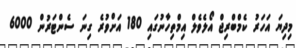
މިދިޔަ އަހަރު ކެމްބްރިޖް އޯލެވެލް އިމްތިހާނުގައި 180 އަށްވުރެ ގިނަ ސެންޓަރުން 6000